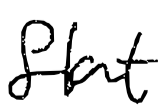
Text: flat
Cross-out: clean
Writing tool: digital_black